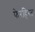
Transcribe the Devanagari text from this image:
फेरहिस्त